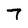
Character: 7